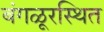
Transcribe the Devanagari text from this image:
बंगळूरस्थित